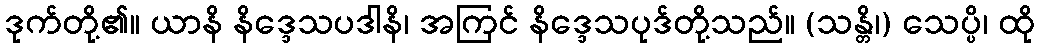
ဒုက်တို့၏။ ယာနိ နိဒ္ဒေသပဒါနိ၊ အကြင် နိဒ္ဒေသပုဒ်တို့သည်။ (သန္တိ၊) သေပ္ပိ၊ ထို